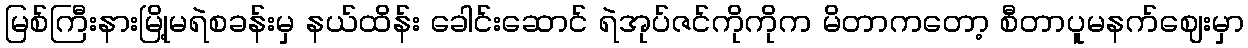
မြစ်ကြီးနားမြို့မရဲစခန်းမှ နယ်ထိန်း ခေါင်းဆောင် ရဲအုပ်ဇင်ကိုကိုက မိတာကတော့ စီတာပူမနက်ဈေးမှာ